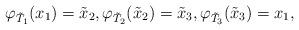
LaTeX: \begin{align*}\varphi_{\tilde T_1}(x_1)=\tilde x_{2},\varphi_{\tilde T_2}(\tilde x_2)=\tilde x_3,\varphi_{\tilde T_3}(\tilde x_3)=x_1,\end{align*}